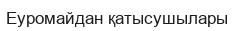
Еуромайдан қатысушылары